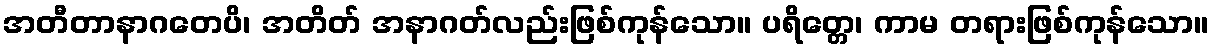
အတီတာနာဂတေပိ၊ အတိတ် အနာဂတ်လည်းဖြစ်ကုန်သော။ ပရိတ္တေ၊ ကာမ တရားဖြစ်ကုန်သော။